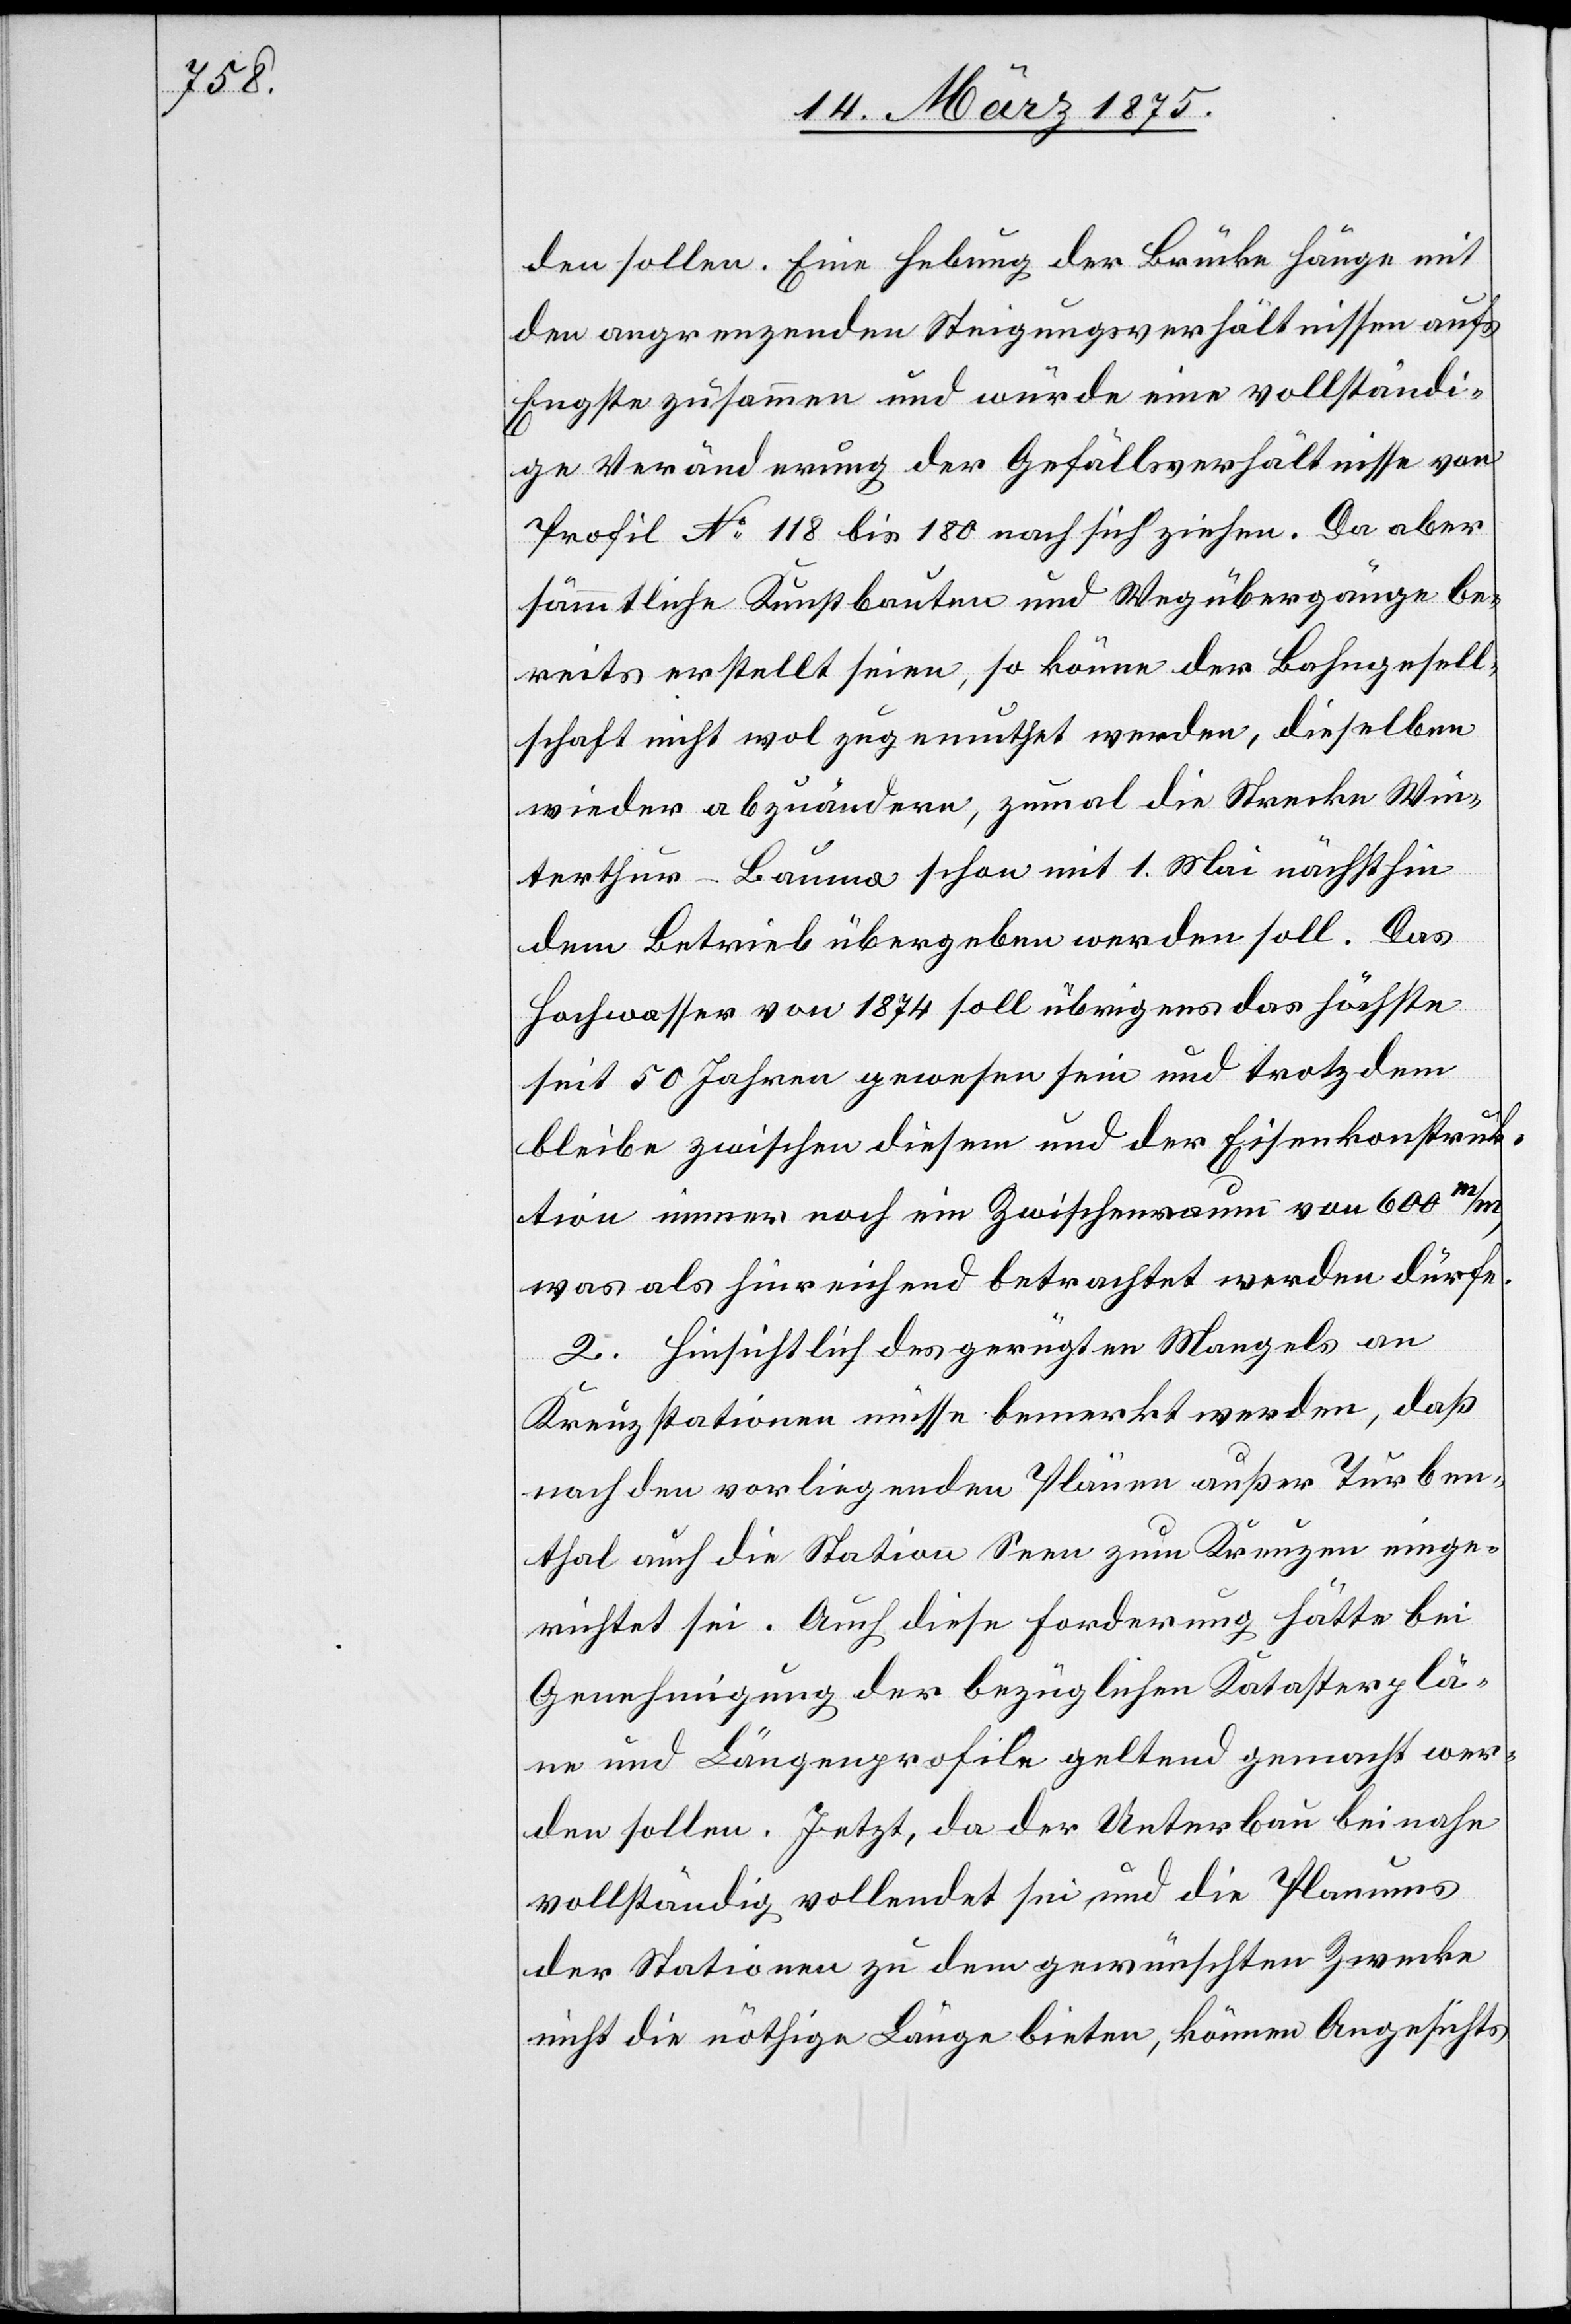
den sollen. Eine Hebung der Brücke hänge mit
den angrenzenden Steigungsverhältnissen aufs
Engste zusammen und würde eine vollständi¬
ge Veränderung der Gefällsverhältnisse von
Profil No 118 bis 180 nach sich ziehen. Da aber
sämmtliche Kunstbauten und Wegübergänge be¬
reits erstellt seien, so könne der Bahngesell¬
schaft nicht wol zugemuthet werden, dieselben
wieder abzuändern, zumal die Strecke Win¬
terthur–Bauma schon mit 1. Mai nächsthin
dem Betrieb übergeben werden soll. Das
Hochwasser von 1874 soll übrigens das höchste
seit 50 Jahren gewesen sein und trotz dem
bleibe zwischen diesem und der Eisenkonstruk¬
tion immer noch ein Zwischenraum von 600 m/m,
was als hinreichend betrachtet werden dürfe.
2. Hinsichtlich des gerügten Mangels an
Kreuzstationen müsse bemerkt werden, daß
nach den vorliegenden Plänen außer Turben¬
thal auch die Station Seen zum Kreuzen einge¬
richtet sei. Auch diese Forderung hätte bei
Genehmigung der bezüglichen Katasterplä¬
ne und Längenprofile geltend gemacht wer¬
den sollen. Jetzt, da der Unterbau beinahe
vollständig vollendet sei und die Planums
der Stationen zu dem gewünschten Zwecke
nicht die nöthige Länge bieten, können Angesichts